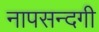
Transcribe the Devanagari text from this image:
नापसन्दगी